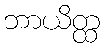
ဘာယိတ္ထ